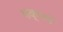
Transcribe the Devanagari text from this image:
पक्षमें